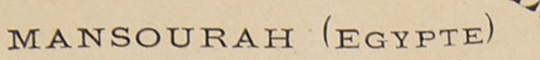
MANSOURAH (EGYPTE)